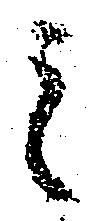
之